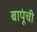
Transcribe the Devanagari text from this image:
बापूंची